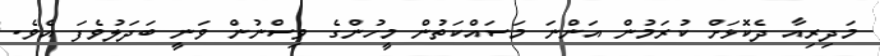
މަދިރިއާ ދެކޮޅަށް ކުރަމުން އަންނަ މަސައްކަތުން މީހުންގެ ވިސްނުން ވަނީ ބަދަލުވެފަ އެވެ.